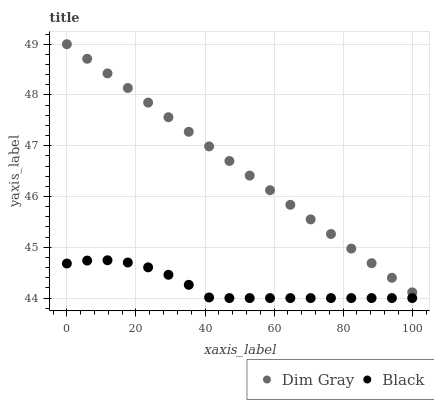
| xaxis_label | Dim Gray | Black |
 | --- | --- | --- |
 | 0 | 49 | 44.7 |
 | 5.88 | 48.7 | 44.7 |
 | 11.8 | 48.4 | 44.7 |
 | 17.6 | 48.1 | 44.7 |
 | 23.5 | 47.8 | 44.6 |
 | 29.4 | 47.6 | 44.5 |
 | 35.3 | 47.3 | 44.3 |
 | 41.2 | 47 | 44 |
 | 47.1 | 46.7 | 44 |
 | 52.9 | 46.4 | 44 |
 | 58.8 | 46.1 | 44 |
 | 64.7 | 45.8 | 44 |
 | 70.6 | 45.5 | 44 |
 | 76.5 | 45.3 | 44 |
 | 82.4 | 45 | 44 |
 | 88.2 | 44.7 | 44 |
 | 94.1 | 44.4 | 44 |
 | 100 | 44.1 | 44 |